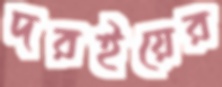
দরইয়ের